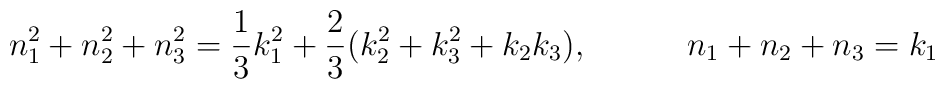
n_1^2 + n_2^2 +n_3^2 = {1\over 3} k_1^2 + {2\over 3} (k_2^2 +k_3^2 + k_2 k_3), \qquad \quad n_1 + n_2 + n_3 = k_1